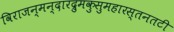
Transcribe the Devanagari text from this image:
विराजन्मन्दारद्रुमकुसुमहारस्तनतटी